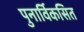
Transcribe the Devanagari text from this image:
पुनार्विकसित